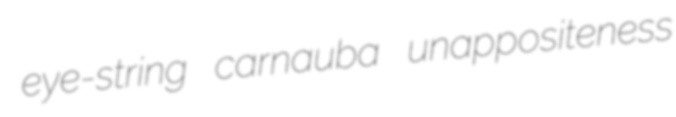
eye-string carnauba unappositeness